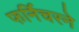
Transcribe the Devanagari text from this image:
फर्निचरने